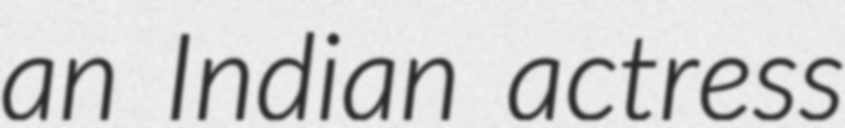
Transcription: an Indian actress